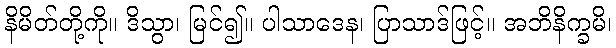
နိမိတ်တို့ကို။ ဒိသွာ၊ မြင်၍။ ပါသာဒေန၊ ပြာသာဒ်ဖြင့်။ အဘိနိက္ခမိ၊